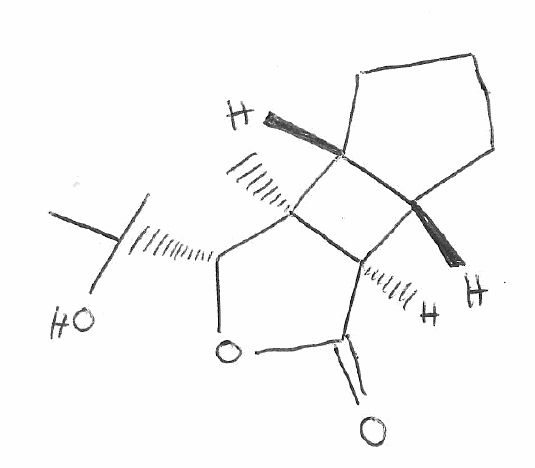
Simplified molecular-input line-entry system (SMILES) notation of the given molecule:
C[C@]12[C@@H]3CCC[C@@H]3[C@H]1C(=O)O[C@@H]2C(C)(C)O